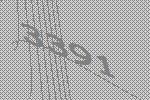
3391